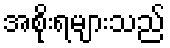
အစိုးရများသည်